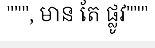
""", មាន តែ ផ្លូវ"""